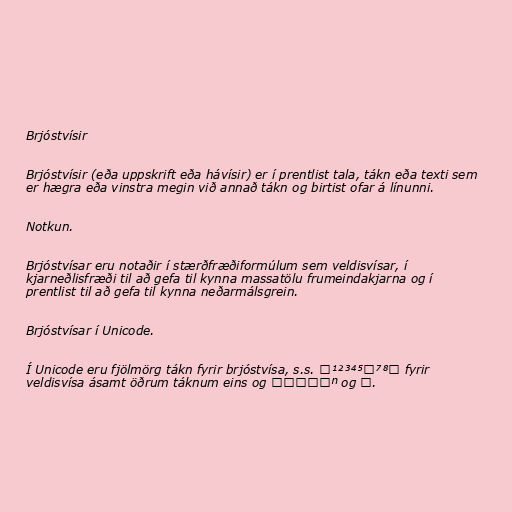
Brjóstvísir

Brjóstvísir (eða uppskrift eða hávísir) er í prentlist tala, tákn eða texti sem
er hægra eða vinstra megin við annað tákn og birtist ofar á línunni.

Notkun.

Brjóstvísar eru notaðir í stærðfræðiformúlum sem veldisvísar, í
kjarneðlisfræði til að gefa til kynna massatölu frumeindakjarna og í
prentlist til að gefa til kynna neðarmálsgrein.

Brjóstvísar í Unicode.

Í Unicode eru fjölmörg tákn fyrir brjóstvísa, s.s. ⁰¹²³⁴⁵⁶⁷⁸⁹ fyrir
veldisvísa ásamt öðrum táknum eins og ⁺⁻⁼⁽⁾ⁿ og ⁱ.